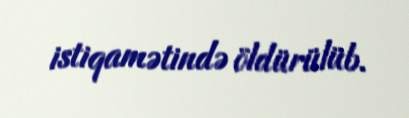
istiqamətində öldürülüb.